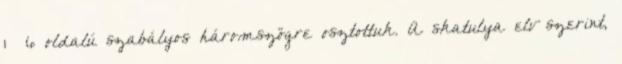
1 6 oldalú szabályos háromszögre osztottuk. A skatulya elv szerint,